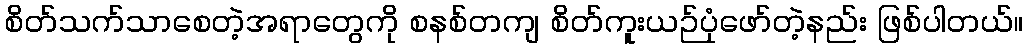
စိတ်သက်သာစေတဲ့အရာတွေကို စနစ်တကျ စိတ်ကူးယဉ်ပုံဖော်တဲ့နည်း ဖြစ်ပါတယ်။